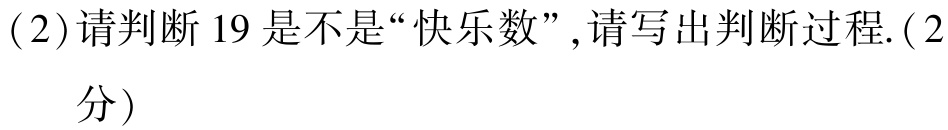
(2)请判断$19$是不是“快乐数”,请写出判断过程.(2分)